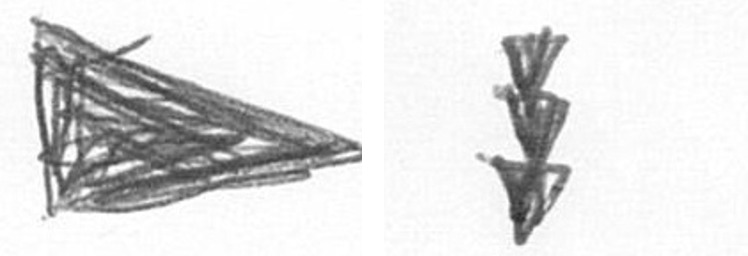
T E